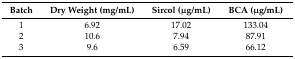
| Batch | Dry Weight (mg/mL) | Sircol (μg/mL) | BCA (μg/mL) |
 | --- | --- | --- | --- |
 | 1 | 6.92 | 17.02 | 133.04 |
 | 2 | 10.6 | 7.94 | 87.91 |
 | 3 | 9.6 | 6.59 | 66.12 |